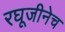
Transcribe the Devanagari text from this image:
रघूजीनेच